Civil Veterinary Department. Central Provinces & Berar 1925-31 - 1925-1931
Year: 1925
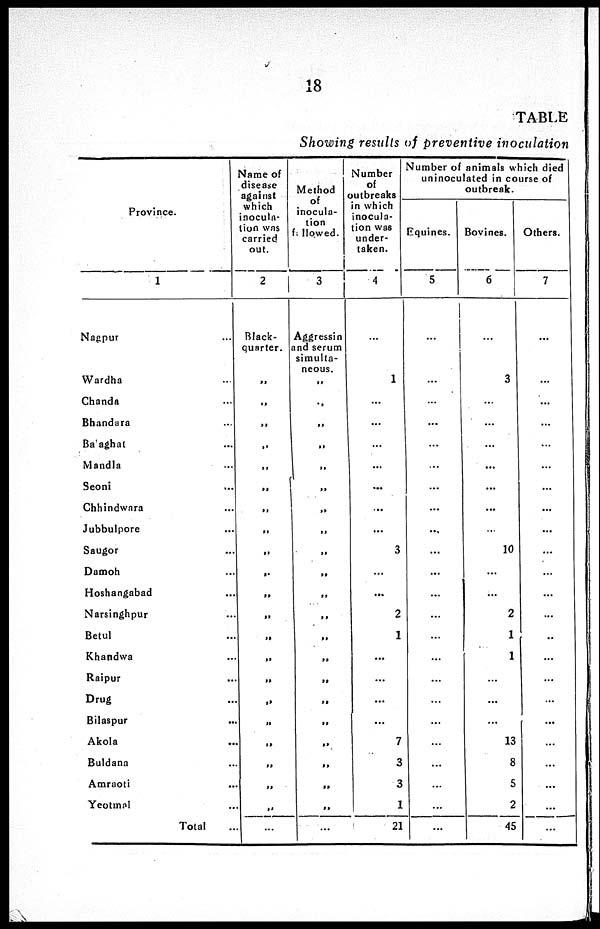
18
TABLE
Showing results of preventive
inoculation
Province.
1
Nagpur ...
Wardha ...
Chanda ...
Bhandara ...
Balaghat ...
Mandla ...
Seoni ...
Chhindwara ...
Jubbulpore ...
Saugor ...
Dumoh ...
Hoshangabad ...
Narsinghpur ...
Betul ...
Khandwa ...
Raipur ...
Drug ...
Bilaspur ...
Akola ...
Buldana ...
Amraoti ...
Yeotmal ...
Total ...
Name of
disease
against
which
inocula-
tion was
carried
out.
2
Black-
quarter.
„
„
„
„
„
„
„
„
„
„
„
„
„
„
„
„
„
„
„
„
„
...
Method
of
inocula-
tion
followed.
3
Aggressin
and serum
simulta-
neous.
„
„
„
„
„
„
„
„
„
„
„
„
„
„
„
„
„
„
„
„
„
...
Number
of
outbreaks
in which
inocula-
tion was
under-
taken.
4
...
1
...
...
...
...
...
...
...
3
...
...
2
1
...
...
...
...
7
3
3
1
21
Number of animals which died
uninoculated in course of
outbreak.
Equines.
5
...
...
...
...
...
...
...
...
...
...
...
...
...
...
...
...
...
...
...
...
...
...
Bovines.
6
...
3
...
...
...
...
...
...
...
10
...
...
2
1
1
...
...
...
13
8
5
2
45
Others.
7
...
...
...
...
...
...
...
...
...
...
...
...
...
...
...
...
...
...
...
...
...
...
...